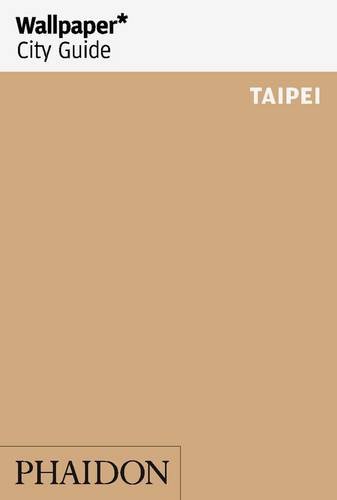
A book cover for Wallpaper* City Guide Taipei (Wallpaper City Guides); Travel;